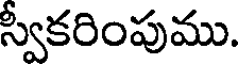
స్వీకరింపుము.